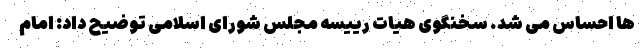
ها احساس می شد. سخنگوی هیات رییسه مجلس شورای اسلامی توضیح داد: امام